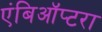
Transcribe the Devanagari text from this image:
एंबिऑप्टरा